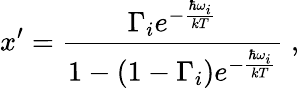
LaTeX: x^{\prime}=\frac{\Gamma_{i}e^{-{\frac{\hbar\omega_{i}}{kT}}}}{1-\left(1-\Gamma_{i}\right)e^{-{\frac{\hbar\omega_{i}}{kT}}}}\; ,